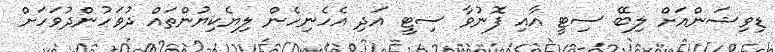
ޑިވިޝަންއަށް ލިބޭ ސިޓީ އާއި ފޮނުވާ ސިޓީ އަދި އެހެނިހެން ލިޔެކިޔުންތައް ދުވަހުންދުވަހަށް